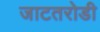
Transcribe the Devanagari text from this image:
जाटतरोडी